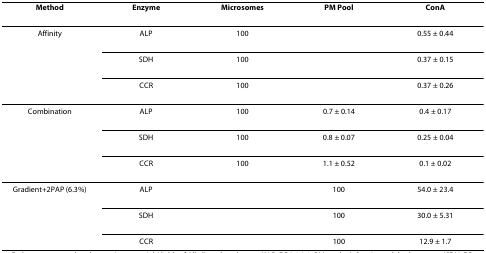
| Method | Enzyme | Microsomes | PM Pool | ConA |
 | --- | --- | --- | --- | --- |
 | Affinity | ALP | 100 |  | 0.55 ± 0.44 |
 |  | SDH | 100 |  | 0.37 ± 0.15 |
 |  | CCR | 100 |  | 0.37 ± 0.26 |
 | Combination | ALP | 100 | 0.7 ± 0.14 | 0.4 ± 0.17 |
 |  | SDH | 100 | 0.8 ± 0.07 | 0.25 ± 0.04 |
 |  | CCR | 100 | 1.1 ± 0.52 | 0.1 ± 0.02 |
 | Gradient+2PAP (6.3%) | ALP |  | 100 | 54.0 ± 23.4 |
 |  | SDH |  | 100 | 30.0 ± 5.31 |
 |  | CCR |  | 100 | 12.9 ± 1.7 |